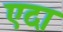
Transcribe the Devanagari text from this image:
एदा